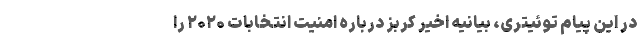
در این پیام توئیتری، بیانیه اخیر کربز درباره امنیت انتخابات ۲۰۲۰ را